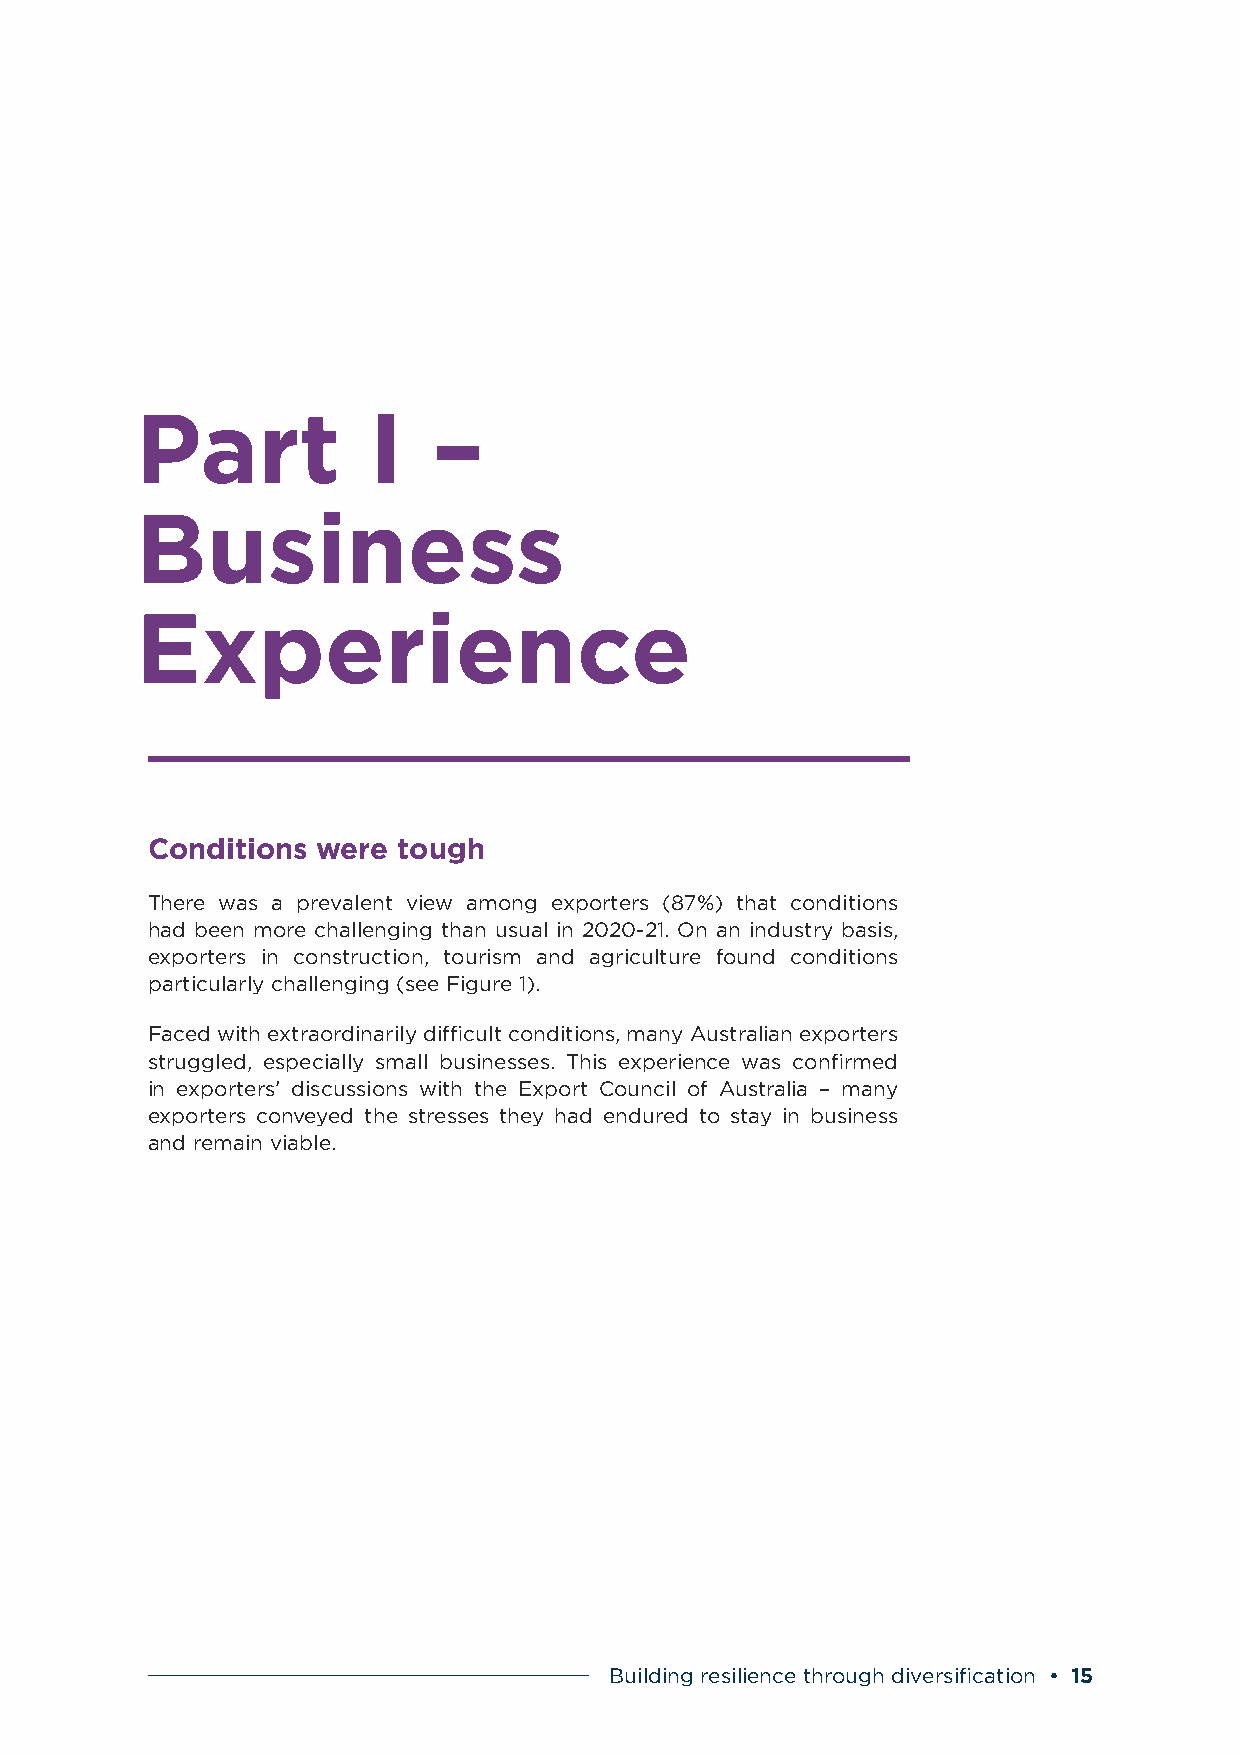
Part           I    –
 Business
 Experience
 Conditions were tough
 There was a prevalent view among exporters (87%) that conditions
 had been more challenging than usual in 2020-21. On an industry basis,
 exporters in construction, tourism and agriculture found conditions
 particularly challenging (see Figure 1).
 Faced with extraordinarily difficult conditions, many Australian exporters
 struggled, especially small businesses. This experience was confirmed
 in exporters’ discussions with the Export Council of Australia – many
 exporters conveyed the stresses they had endured to stay in business
 and remain viable.
 Building resilience through diversification • 15